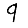
Digit: 9